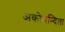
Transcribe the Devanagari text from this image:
अकोमन्दिता